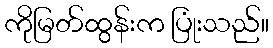
ကိုမြတ်ထွန်းက ပြုံးသည်။